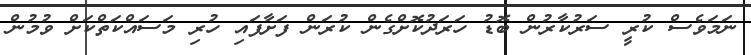
ނަމަވެސް ކުރީ ސަރުކާރުން ބޮޑު ހަރަދުކޮށްގެން ކުރަން ފަށާފައި ހުރި މަސައްކަތްކަށް ވުމުން